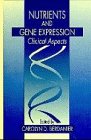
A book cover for Nutrients and Gene Expression: Clinical Aspects; Carolyn D. Berdanier; Health, Fitness & Dieting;